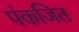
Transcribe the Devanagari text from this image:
पंकजित